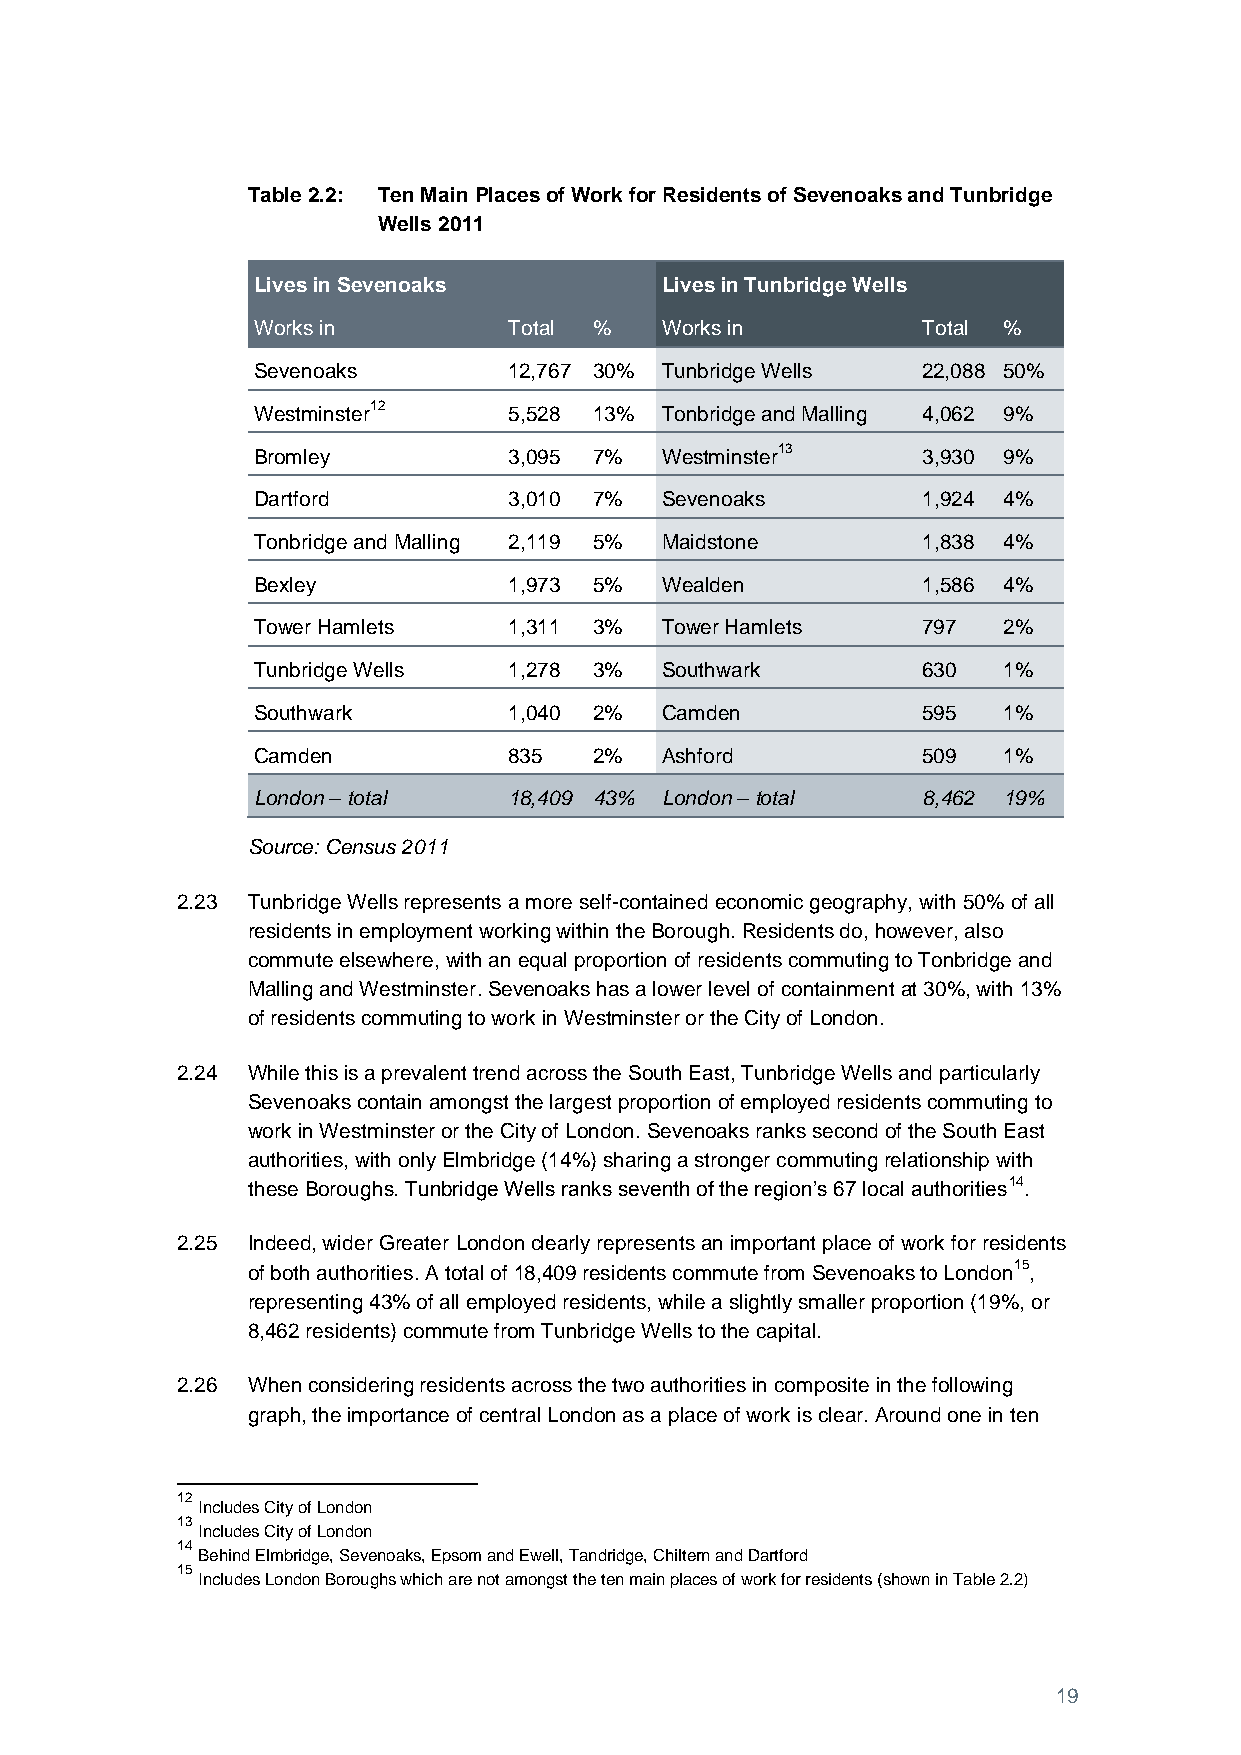
Table 2.2: Ten Main Places of Work for Residents of Sevenoaks and Tunbridge
 Wells 2011
 Lives in Sevenoaks         Lives in Tunbridge Wells
 Works in         Total %   Works in         Total %
 Sevenoaks        12,767 30% Tunbridge Wells 22,088 50%
 Westminster12    5,528 13% Tonbridge and Malling 4,062 9%
 Bromley          3,095 7%  Westminster13    3,930 9%
 Dartford         3,010 7%  Sevenoaks        1,924 4%
 Tonbridge and Malling 2,119 5% Maidstone    1,838 4%
 Bexley           1,973 5%  Wealden          1,586 4%
 Tower Hamlets    1,311 3%  Tower Hamlets    797  2%
 Tunbridge Wells  1,278 3%  Southwark        630  1%
 Southwark        1,040 2%  Camden           595  1%
 Camden           835  2%   Ashford          509  1%
 (i)  London – total (ii) 18(i,i4i)0 9 (4iv3)% London – total (v) 8(,v4i6) 2 19%
 Source: Census 2011
 2.23 Tunbridge Wells represents a more self-contained economic geography, with 50% of all
 residents in employment working within the Borough. Residents do, however, also
 commute elsewhere, with an equal proportion of residents commuting to Tonbridge and
 Malling and Westminster. Sevenoaks has a lower level of containment at 30%, with 13%
 of residents commuting to work in Westminster or the City of London.
 2.24 While this is a prevalent trend across the South East, Tunbridge Wells and particularly
 Sevenoaks contain amongst the largest proportion of employed residents commuting to
 work in Westminster or the City of London. Sevenoaks ranks second of the South East
 authorities, with only Elmbridge (14%) sharing a stronger commuting relationship with
 these Boroughs. Tunbridge Wells ranks seventh of the region’s 67 local authorities14.
 2.25 Indeed, wider Greater London clearly represents an important place of work for residents
 of both authorities. A total of 18,409 residents commute from Sevenoaks to London15,
 representing 43% of all employed residents, while a slightly smaller proportion (19%, or
 8,462 residents) commute from Tunbridge Wells to the capital.
 2.26 When considering residents across the two authorities in composite in the following
 graph, the importance of central London as a place of work is clear. Around one in ten
 12
 Includes City of London
 13
 Includes City of London
 14
 Behind Elmbridge, Sevenoaks, Epsom and Ewell, Tandridge, Chiltern and Dartford
 15
 Includes London Boroughs which are not amongst the ten main places of work for residents (shown in Table 2.2)
 19